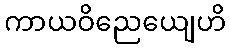
ကာယဝိညေယျေဟိ